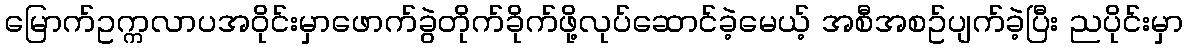
မြောက်ဥက္ကလာပအဝိုင်းမှာဖောက်ခွဲတိုက်ခိုက်ဖို့လုပ်ဆောင်ခဲ့မေယ့် အစီအစဥ်ပျက်ခဲ့ပြီး ညပိုင်းမှာ